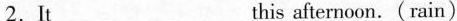
2.It___this afternoon. (rain)